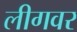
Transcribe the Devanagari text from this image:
लीगवर